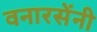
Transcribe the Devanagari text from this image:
वनारसेंनी